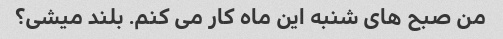
من صبح های شنبه این ماه کار می کنم. بلند میشی؟